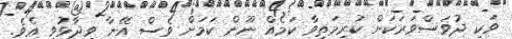
ވަކި ދުވަސްވަރަކަށް ކުރިމަތިވާ ކަމެއް ނޫން ކަމަށް ވެސް އޭނާ ވިދާޅުވި އެވެ.